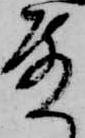
殿